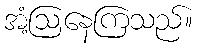
အံ့ဩနေကြသည်။